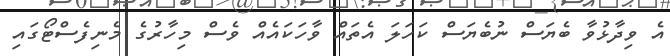
އެ ވިދާޅުވާ ބެޔަސް ނުބެޔަސް ކަހަލަ އެތައް ވާހަކައެއް ވެސް މިހާރުގެ މެނިފެސްޓޯގައި